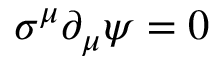
\sigma ^ { \mu } \partial _ { \mu } \psi = 0